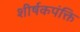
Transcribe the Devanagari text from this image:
शीर्षकपंक्ति